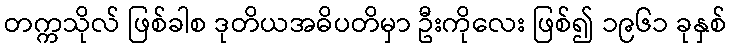
တက္ကသိုလ် ဖြစ်ခါစ ဒုတိယအဓိပတိမှာ ဦးကိုလေး ဖြစ်၍ ၁၉၆၁ ခုနှစ်